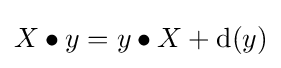
X\bullet y=y\bullet X+{\mathrm {d} }(y)